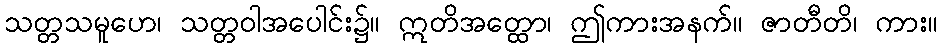
သတ္တသမူဟေ၊ သတ္တဝါအပေါင်း၌။ ဣတိအတ္ထော၊ ဤကားအနက်။ ဇာတီတိ၊ ကား။